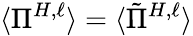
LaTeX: \langle\Pi^{H,\ell}\rangle=\langle\tilde{\Pi}^{H,\ell}\rangle